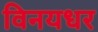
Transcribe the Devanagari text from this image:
विनयधर